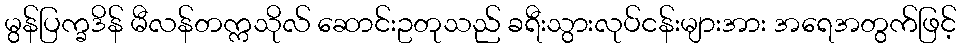
မွန်ပြက္ခဒိန် မီလန်တက္ကသိုလ် ဆောင်းဥတုသည် ခရီးသွားလုပ်ငန်းများအား အရေအတွက်ဖြင့်